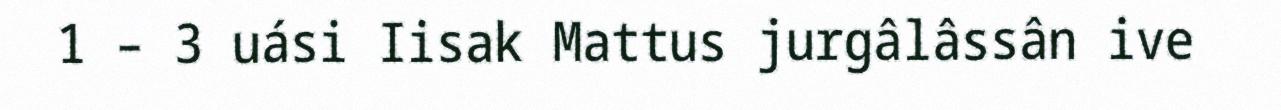
1 – 3 uási Iisak Mattus jurgâlâssân ive